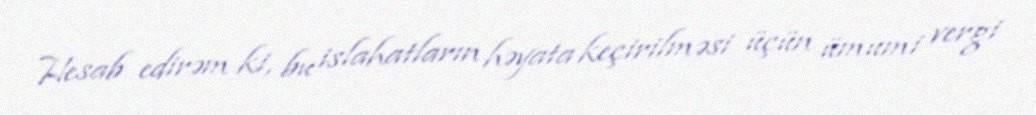
Hesab edirəm ki, bu islahatların həyata keçirilməsi üçün ümumi vergi